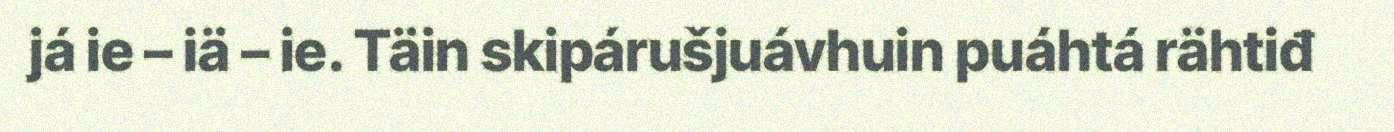
já ie – iä – ie. Täin skipárušjuávhuin puáhtá rähtiđ